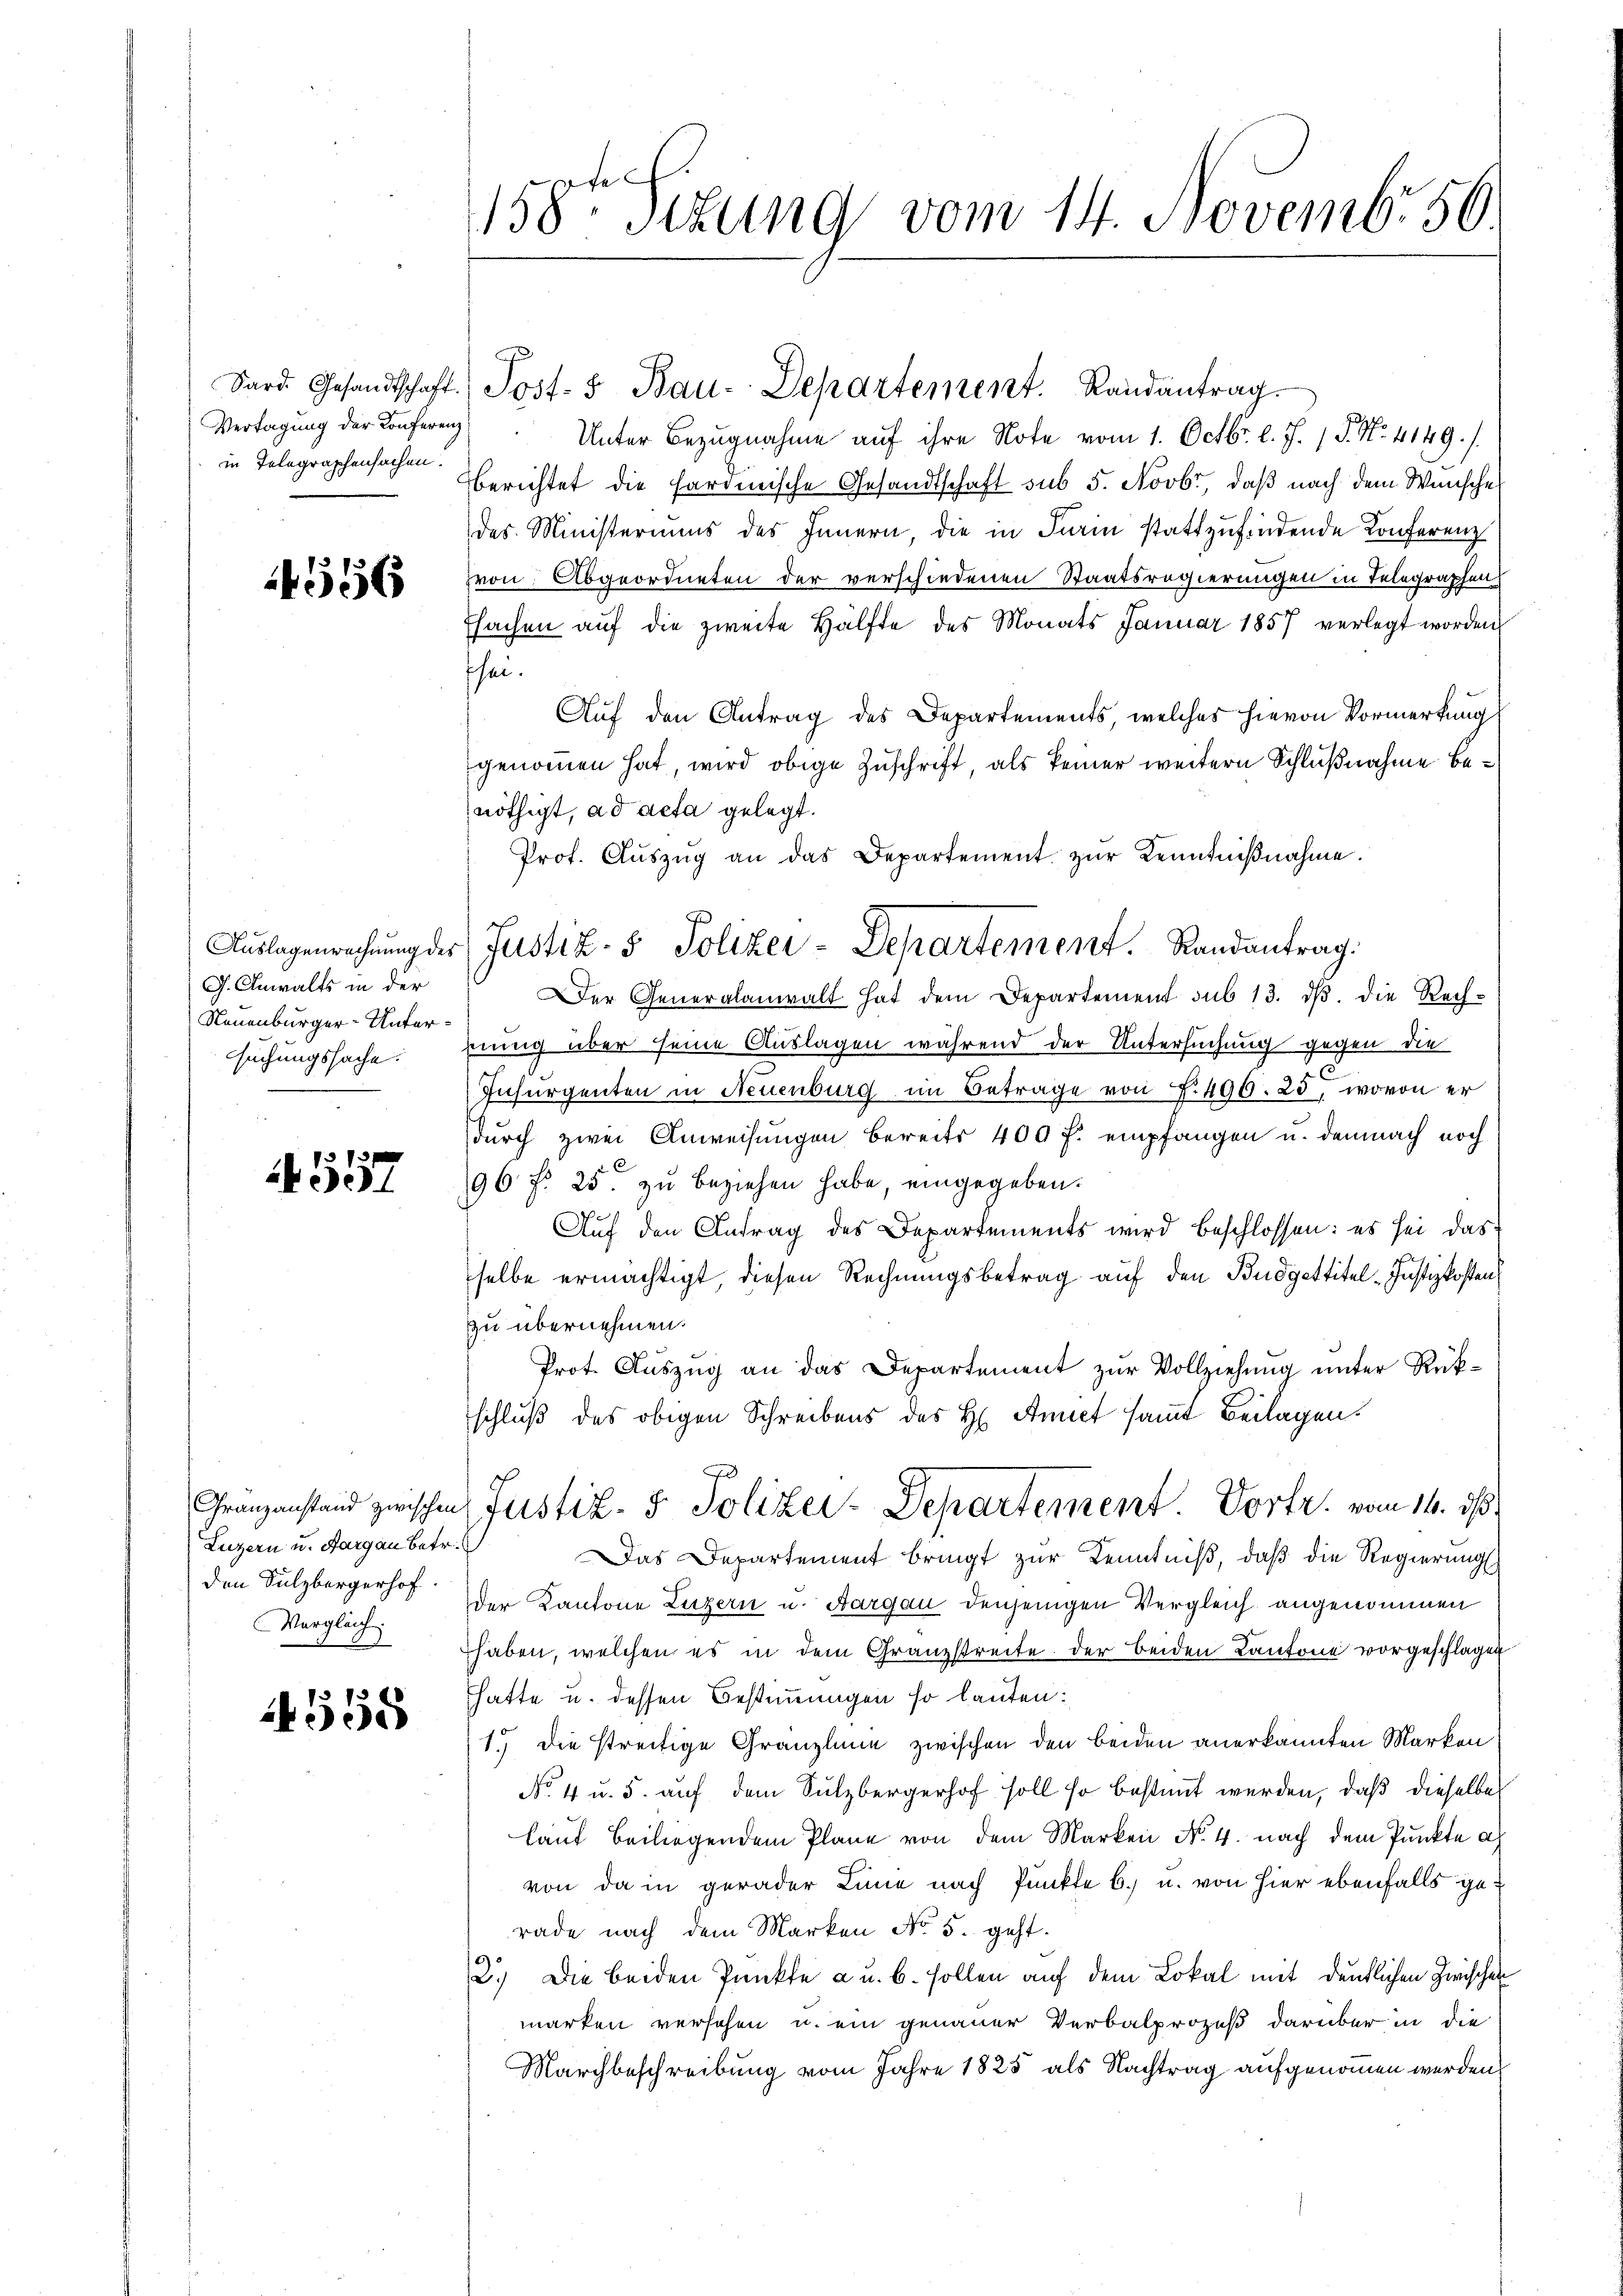
Sard. Gesandtschaft.
Vertagung der Konferenz
in Telegraphensachen.

4556

Auslagenrechnung des
G. Anwalts in der
Neuenburger-Untersuchungssache.

4557

Franzanstand zwischen
Luzern u. Aargau betr.
den Sulzbergerhof.
Vergleich

1558

158te Sitzung vom 14. Novembr 56.

Unter Bezugnahme auf ihre Note vom 1. Octbr. l. J. 18. No. 4149. /.
berichtet die Sardinische Gesandtschaft sub 5. Novbr, daß nach dem Wunsche
des Ministeriums des Innern, die in Farin stattzufindende Konferenz
von Abgeordneten der verschiedenen Staatsregierungen in Telegraphen
Tsachen aŭf die zweite Hälfte des Monats Januar 1857 verlegt worden
sei.
Auf den Antrag des Departements, welches hievon Vormerkung
genommen hat, wird obige Zuschrift als keiner weitern Schlußnahme benöthigt, ad acta gelegt.
Prof. Aŭszŭg an das Departement zŭr Kenntniβnahme.
Der Generalanwalt hat dem Departement sub 13. dβ. die Rechnnung über seine Auslagen während der Untersuchung gegen die
Insurgenten in Neuenburg im Betrage von §. 496. 25, wovon er
durch zwei Anweisungen bereits 400 f. empfangen u. demnach noch
96 f. 25. zu beziehen habe eingegeben.
Auf den Antrag des Departements wird beschlossen: es sei das
selbe ermächtigt, diesen Rechnungsbetrag auf den Budgettitel -Justizkosten
zu übernehmen.
Prot. Auszug an das Departement zur Vollziehung unter Rükschluß des obigen Schreibens des H. Annet sammt Beilagen.
Justiz- & Polizer-Departement Vortr. vom 14. ds.
Das Departement bringt zur Kenntniß, daß die Regierungs
der Kantone Luzern u. Aargau denjenigen Vergleich angenommen
haben, welchen es in dem Granzstreite der beiden Kantone vorgeschlagen
hatte u. dessen Bestimmungen so lauten:
1.) Die streitige Granzleine zwischen den beiden anerkannten Marken
No 4 u. 5. auf dem Sulzbergerhof soll so bestimmt werden, daß dieselbes
lauf beiliegendem Plane von dem Marken No. 4. nach dem Punkte a
von da in gerader Linie nach Punkte 6. u. von hier ebenfalls gerade nach dem Marken No 5. geht.
2.) Die beiden Punkte a u. b. sollen auf dem Lokal mit deutlichen Zwischen
marken versehen u. ein genauer Verbalprozeß darüber in die
Marchbeschreibung vom Jahre 1825 als Nachtrag aufgenommen werden.

Post- & Bau-Departement. Landantrag.

Justiz- & Polizei-Departement. Randantrag: